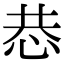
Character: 𢙄